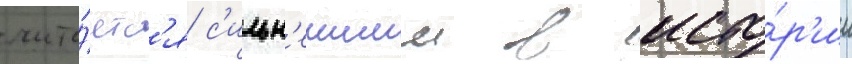
счита́етс'я с'ильн'еишим в исто́р'ии